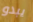
يبدو